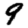
Digit: 9